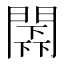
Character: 𨵰